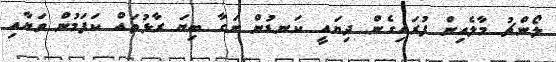
ލޯންޗު މާލެއިން ފުރައިގެން ދިޔައީ ކަނޑުން ނަގާ ބިޔަ ރާޅުތައް ކަފަމުން ވަޔާއި